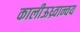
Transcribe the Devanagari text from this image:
कालीऊध्र्वान्वय